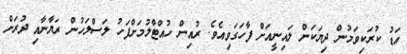
އަޑު ކުރަކިވަމުން ދިޔަކަން ލައިނީއަށް ފާހަގަވިއެވެ. ރުއިން ހުއްޓާލުމަށްފަހު ލަސްލަހުން ރަޔާނާއި ދުރަށް